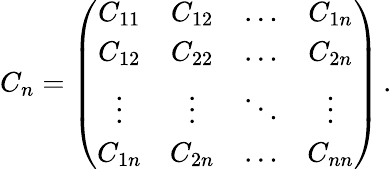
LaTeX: C_{n}=\left(\begin{array}{cccc}{C_{11}}&{C_{12}}&{\ldots}&{C_{1n}}\\ {C_{12}}&{C_{22}}&{\ldots}&{C_{2n}}\\ {\vdots}&{\vdots}&{\ddots}&{\vdots}\\ {C_{1n}}&{C_{2n}}&{\ldots}&{C_{nn}}\end{array}\right)\, .